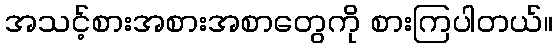
အသင့်စားအစားအစာတွေကို စားကြပါတယ်။